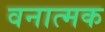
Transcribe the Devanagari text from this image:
वनात्मक